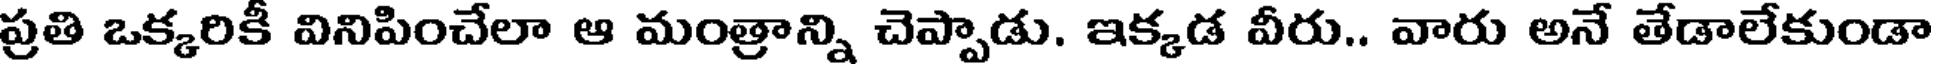
ప్రతి ఒక్కరికీ వినిపించేలా ఆ మంత్రాన్ని చెప్పాడు. ఇక్కడ వీరు.. వారు అనే తేడాలేకుండా